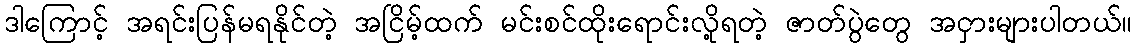
ဒါကြောင့် အရင်းပြန်မရနိုင်တဲ့ အငြိမ့်ထက် မင်းစင်ထိုးရောင်းလို့ရတဲ့ ဇာတ်ပွဲတွေ အငှားများပါတယ်။